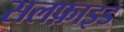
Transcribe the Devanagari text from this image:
सलफ़ाइड